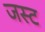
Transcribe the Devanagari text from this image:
जस्‍ट